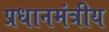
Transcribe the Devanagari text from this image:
प्रधानमंत्रीय